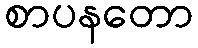
စာပနတော